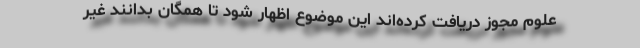
علوم مجوز دریافت کرده‌اند این موضوع اظهار شود تا همگان بدانند غیر